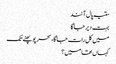
ستیہ پال آنند
بہت دیر جاگا
میں کل رات جاگا، سحر پو پھٹے تک
کہاں تھا میں؟